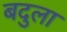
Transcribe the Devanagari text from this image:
बदुला